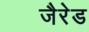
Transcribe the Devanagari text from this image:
जैरेड